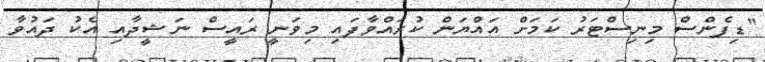
"ޑިފެންސް މިނިސްޓަރު ކަމަށް އައްޔަން ކުރައްވާފައި މިވަނީ ރައީސް ނަޝީދާއި އެކު ދައުވާ